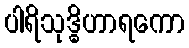
ပါရိသုဒ္ဓိဟာရကော